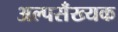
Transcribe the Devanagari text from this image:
अल्पसँख्यक